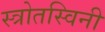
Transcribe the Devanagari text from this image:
स्त्रोतस्विनी